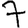
Digit: 7